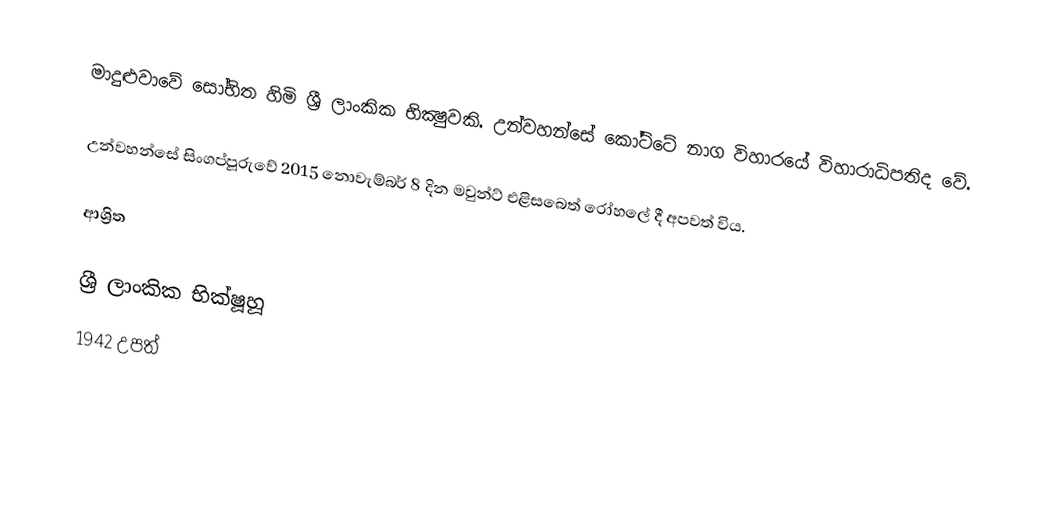
මාදුළුවාවේ සෝභිත හිමි ශ්‍රී ලාංකික භික්‍ෂුවකි. උන්වහන්සේ කෝට්ටේ නාග විහාරයේ විහාරාධිපතිද වේ.

උන්වහන්සේ සිංගප්පූරුවේ 2015 නොවැම්බර් 8 දින මවුන්ට් එළිසබෙත් රෝහලේ දී අපවත් විය.

ආශ්‍රිත

ශ්‍රී ලාංකික භික්ෂූහූ
1942 උපත්